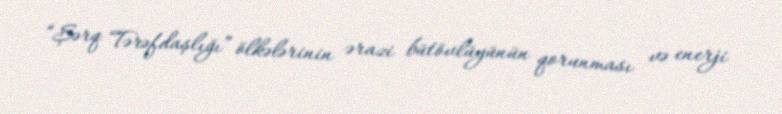
“Şərq Tərəfdaşlığı” ölkələrinin ərazi bütövlüyünün qorunması və enerji